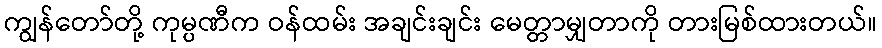
ကျွန်တော်တို့ ကုမ္ပဏီက ဝန်ထမ်း အချင်းချင်း မေတ္တာမျှတာကို တားမြစ်ထားတယ်။